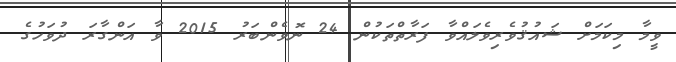
ވީމާ މިކަމަށް ޝައުޤުވެރިވެލައްވާ ފަރާތްތަކުން 24 ނޮވެންބަރު 2015 ވާ އަންގާރަ ދުވަހުގެ